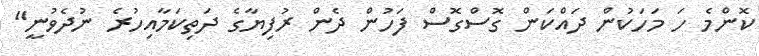
ކޮންމެ ހަ މަހަކުން ދައްކަން ގޮސްގޮސް ފަހުން ދެން ރުފިޔާގެ ދަތިކަމާއިހުރެ ނުދެވުނީ"